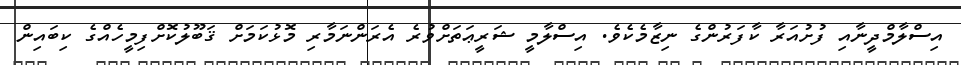
އިސްލާމްދީނާއި ފުށުއަރާ ކާފަރުންގެ ނިޒާމެކެވެ. އިސްލާމީ ޝަރީޢަތަށްވުރެ އެރަންނަމާރި މޮޅުކަމަށް ޤަބޫލުކޮށްފިމީހެއްގެ ކިބައިން